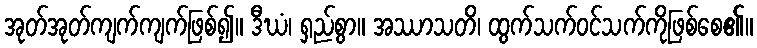
အုတ်အုတ်ကျက်ကျက်ဖြစ်၍။ ဒီဃံ၊ ရှည်စွာ။ အဿာသတိ၊ ထွက်သက်ဝင်သက်ကိုဖြစ်စေ၏။